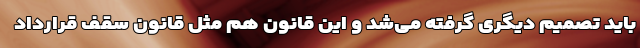
باید تصمیم دیگری گرفته می‌شد و این قانون هم مثل قانون سقف قرارداد